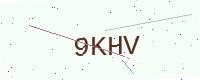
Text: 9KHV